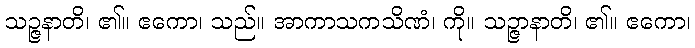
သဉ္ဇနာတိ၊ ၏။ ဧကော၊ သည်။ အာကာသကသိဏံ၊ ကို။ သဉ္ဇာနာတိ၊ ၏။ ဧကော၊